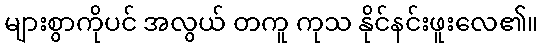
များစွာကိုပင် အလွယ် တကူ ကုသ နိုင်နင်းဖူးလေ၏။